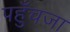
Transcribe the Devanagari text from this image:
पहुँचजा